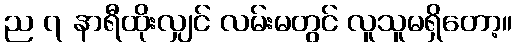
ည ၇ နာရီထိုးလျှင် လမ်းမတွင် လူသူမရှိတော့။